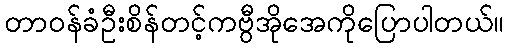
တာဝန်ခံဦးစိန်တင့်ကဗွီအိုအေကိုပြောပါတယ်။